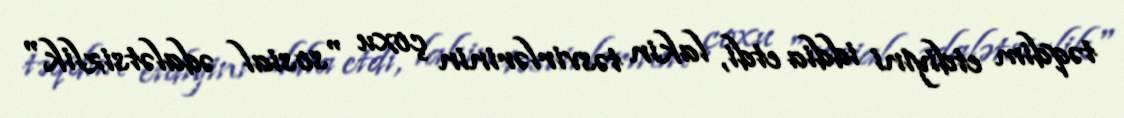
təqdim etdiyini iddia etdi, lakin təsvirlərinin çoxu "sosial ədalətsizlik"